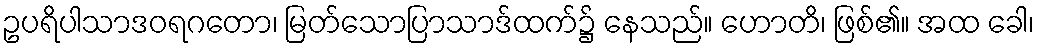
ဥပရိပါသာဒဝရဂတော၊ မြတ်သောပြာသာဒ်ထက်၌ နေသည်။ ဟောတိ၊ ဖြစ်၏။ အထ ခေါ၊